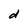
Character: d